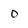
Character: 0